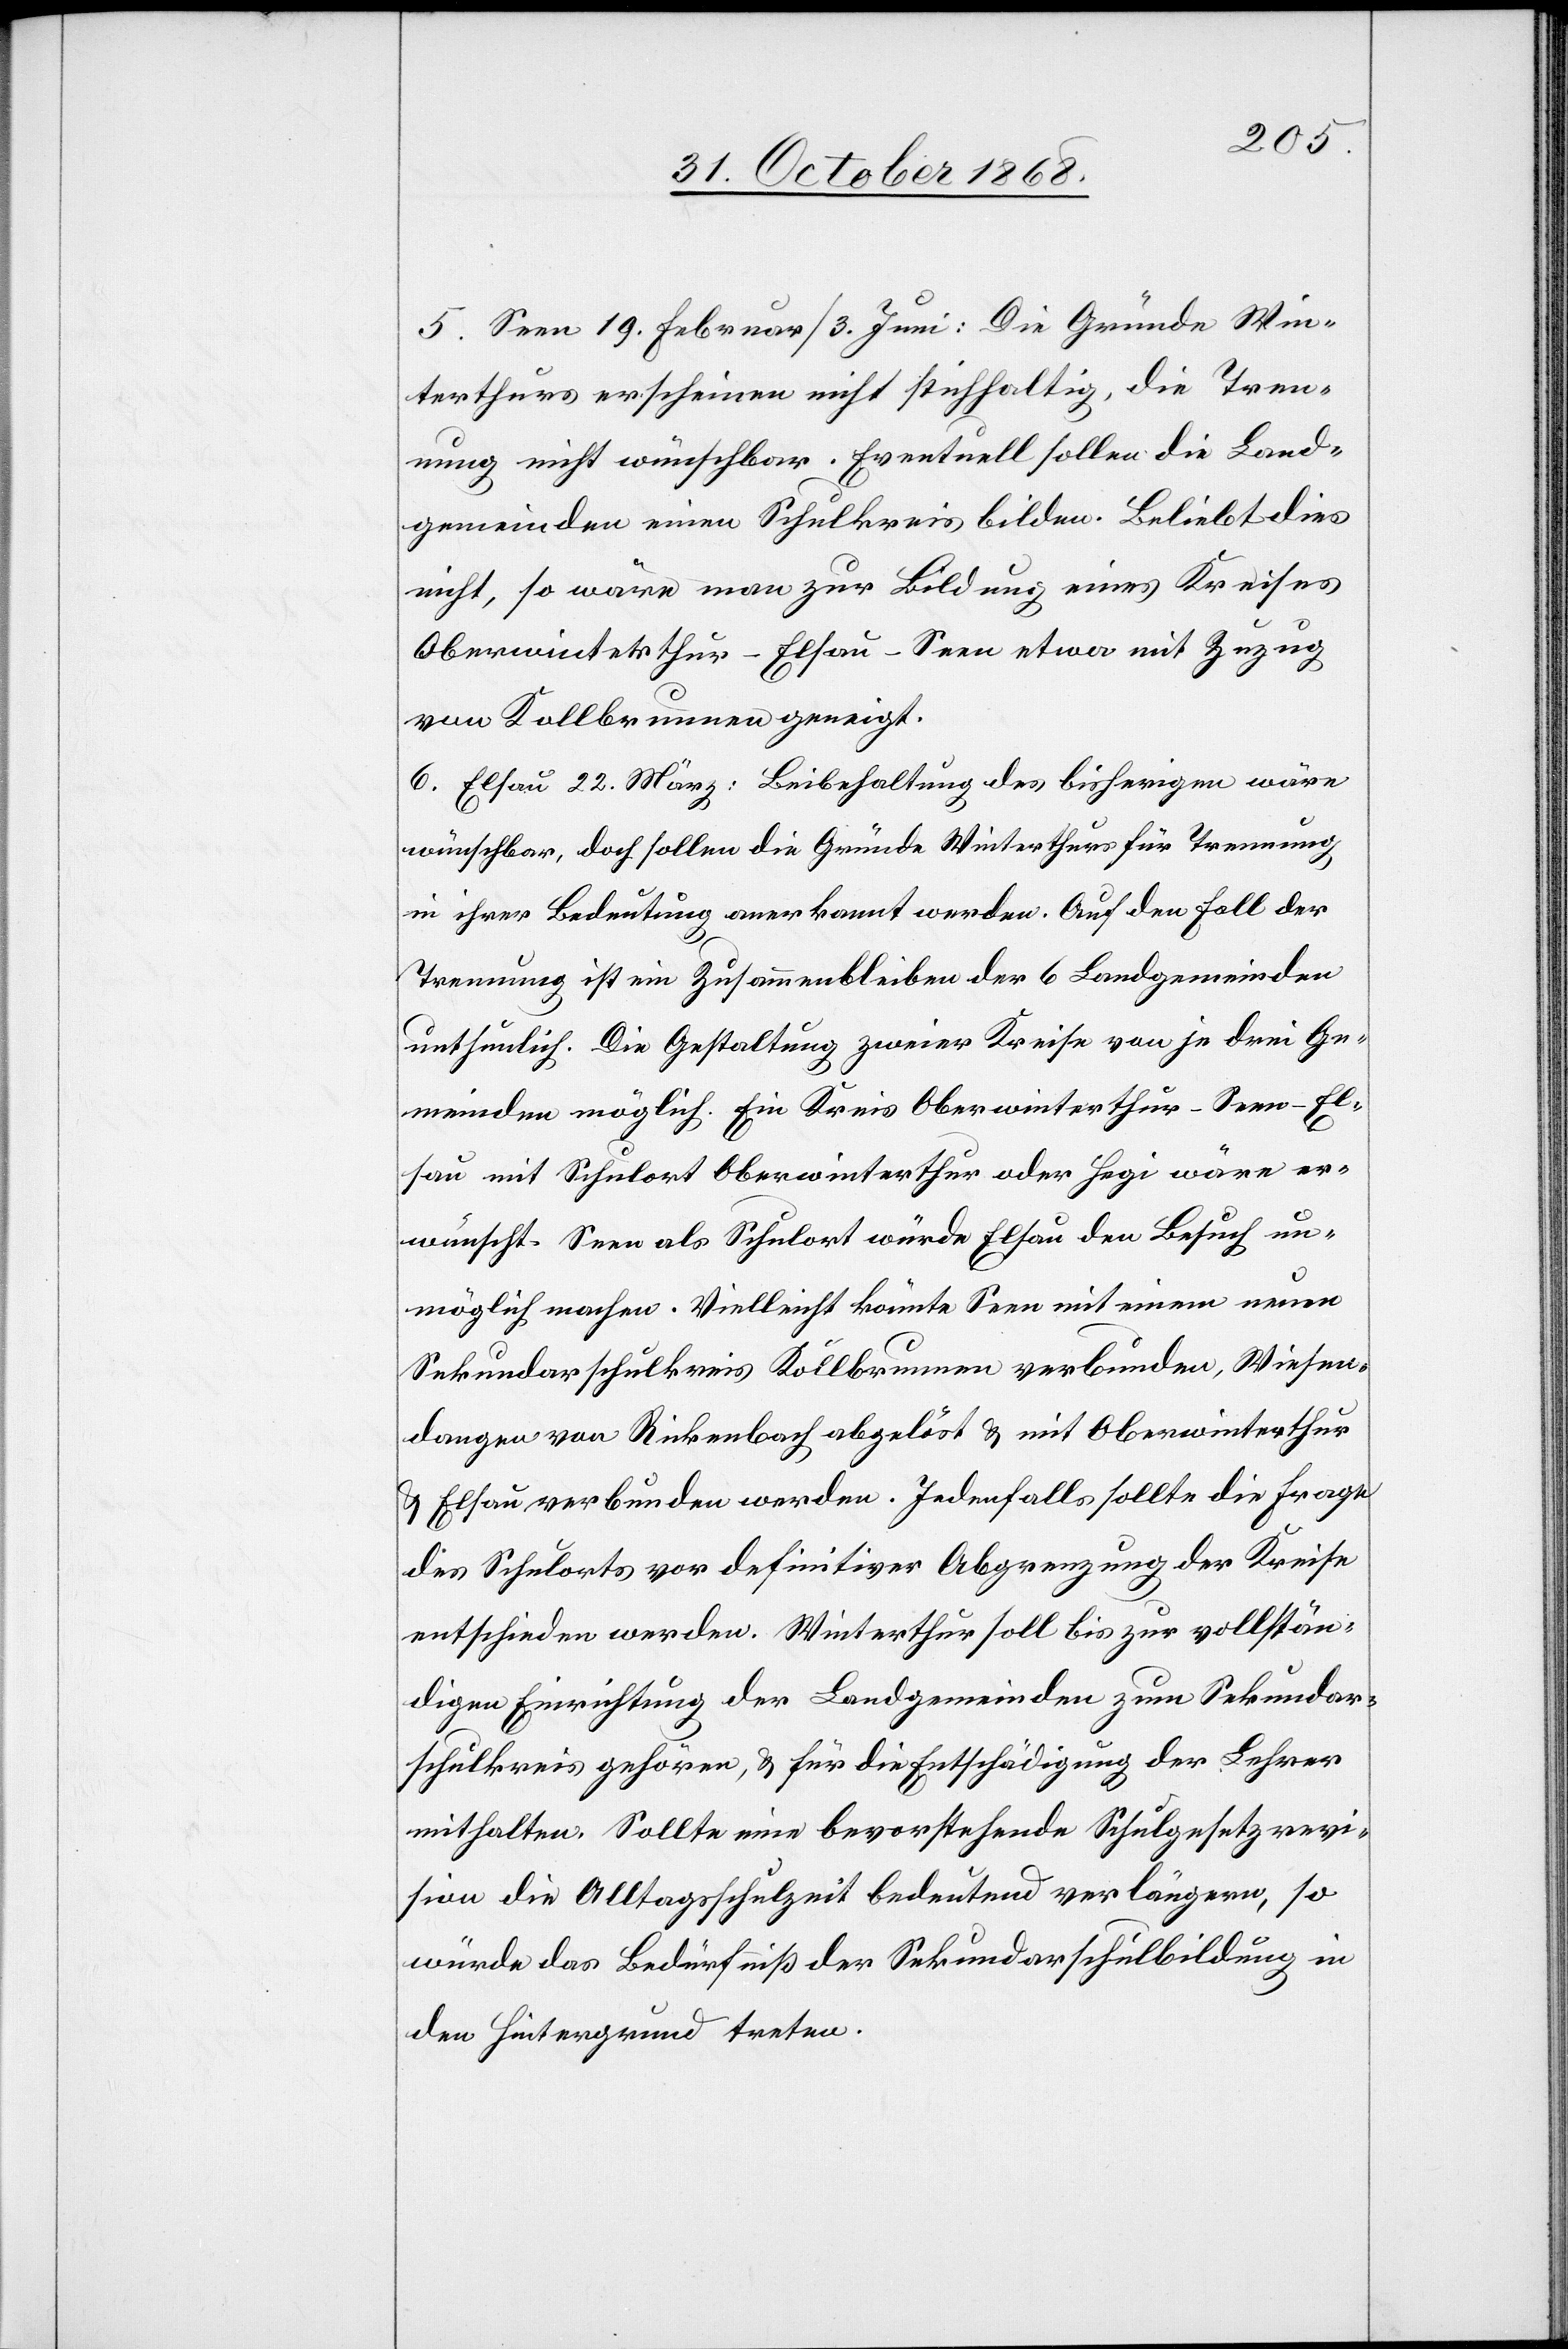
5. Seen 19. Februar / 3. Juni: Die Gründe Win¬
terthurs erscheinen nicht stichhaltig, die Tren¬
nung nicht wünschbar. Eventuell sollen die Land¬
gemeinden einen Schulkreis bilden. Beliebt dies
nicht, so wäre man zur Bildung eines Kreises
Oberwinterthur-Elsau-Seen etwa mit Zuzug
von Kollbrunnen geneigt.
6. Elsau 22. März: Beibehaltung des bisherigen wäre
wünschbar, doch sollen die Gründe Winterthurs für Trennung
in ihrer Bedeutung anerkannt werden. Auf den Fall der
Trennung ist ein Zusammenbleiben der 6 Landgemeinden
unthunlich. Die Gestaltung zweier Kreise von je drei Ge¬
meinden möglich. Ein Kreis Oberwinterthur-Seen-El¬
sau mit Schulort Oberwinterthur oder Hegi wäre er¬
wünscht. Seen als Schulort würde Elsau den Besuch un¬
möglich machen. Vielleicht könnte Seen mit einem neuen
Sekundarschulkreis Kollbrunnen verbunden, Wiesen¬
dangen von Rickenbach abgelöst & mit Oberwinterthur
& Elsau verbunden werden. Jedenfalls sollte die Frage
des Schulorts vor definitiver Abgrenzung der Kreise
entschieden werden. Winterthur soll bis zur vollstän¬
digen Einrichtung der Landgemeinden zum Sekundar¬
schulkreis gehören, & für die Entschädigung der Lehrer
mithalten. Sollte eine bevorstehende Schulgesetzrevi¬
sion die Alltagsschulzeit bedeutend verlängern, so
würde das Bedürfniß der Sekundarschulbildung in
den Hintergrund treten.